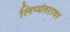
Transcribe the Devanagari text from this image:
लिप्यंतरावर